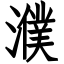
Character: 濮